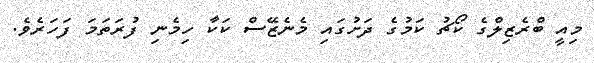
މިއީ ބްރެޒިލްގެ ކޯޗު ކަމުގެ ދަށުގައި މެނެޒޭސް ކަކާ ހިމެނި ފުރަތަމަ ފަހަރެވެ.